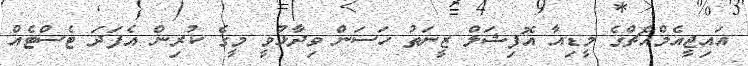
އައިޖީއެމްއެޗްގެ މީޑިއާ އޮފިޝަލް ޒީނަތު ހަސަން ވިދާޅުވީ މީގެ ކުރިން އެފަދަ ޓެސްޓެއް